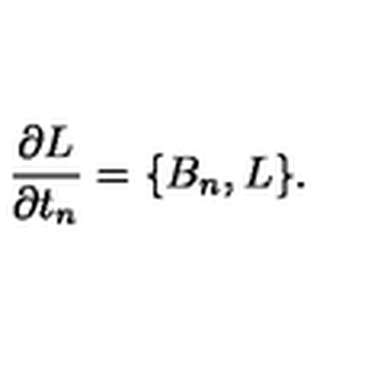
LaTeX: { \frac { \partial L } { \partial t _ { n } } } = \{ B _ { n } , L \} .